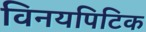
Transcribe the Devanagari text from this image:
विनयपिटिक